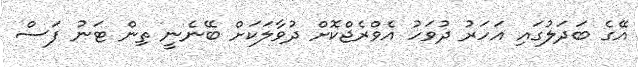
އޭގެ ބަދަލުގައި އަހަރު ދުވަހު އެވްރެޖްކޮށް ދުވާލަކަށް ބޭނެނީ ތިން ޓަނު ފަސް